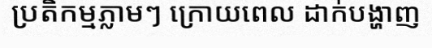
ប្រតិកម្មភ្លាមៗ ក្រោយពេល ដាក់បង្ហាញ